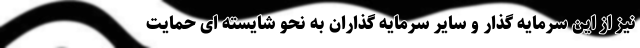
نیز از این سرمایه گذار و سایر سرمایه گذاران به نحو شایسته ای حمایت